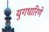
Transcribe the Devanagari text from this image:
युगधारिणे